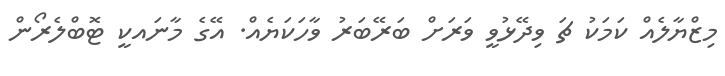
މިޒްޔާލެއް ކަމަކު ޗަ ވިދޭޅުވީ ވަރަށް ބަރޭބަރު ވާހަކަޔެއް. އޭގެ މާނައކީ ޓޮބްލެރޯން